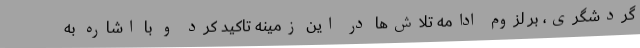
گردشگری، بر لزوم ادامه تلاش‌ها در این زمینه تاکید کرد و با اشاره به